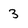
Character: 3